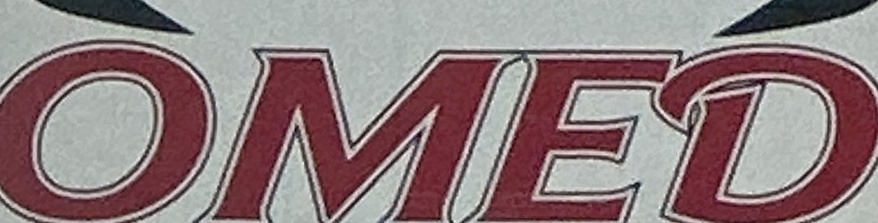
OMED